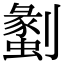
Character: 𠠞